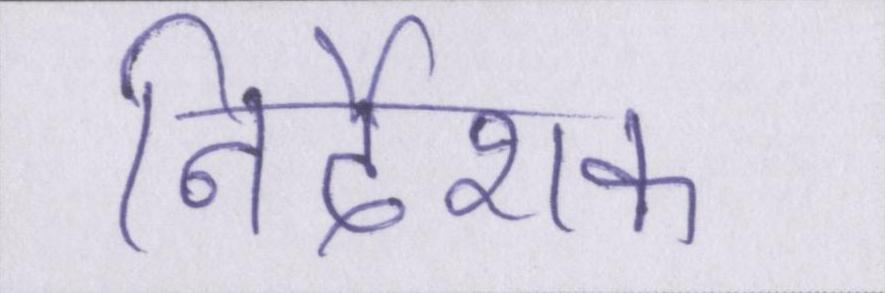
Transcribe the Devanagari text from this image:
निर्देशक